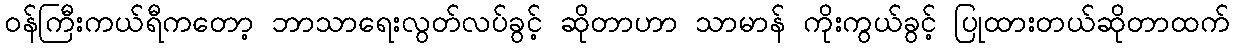
ဝန်ကြီးကယ်ရီကတော့ ဘာသာရေးလွတ်လပ်ခွင့် ဆိုတာဟာ သာမာန် ကိုးကွယ်ခွင့် ပြုထားတယ်ဆိုတာထက်